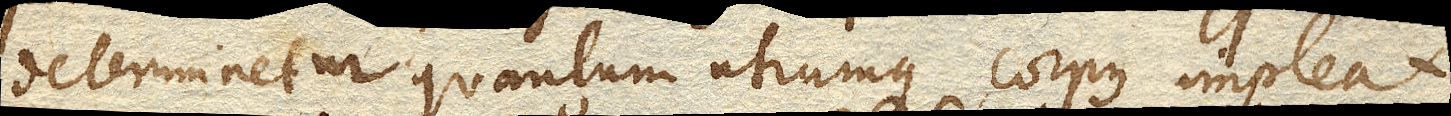
determinetur quantum utrumque corpus impleat